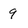
Character: 9